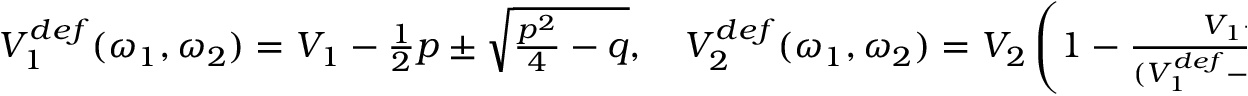
\begin{array} { r } { V _ { 1 } ^ { d e f } ( \omega _ { 1 } , \omega _ { 2 } ) = V _ { 1 } - \frac { 1 } { 2 } p \pm \sqrt { \frac { p ^ { 2 } } { 4 } - q } , \quad V _ { 2 } ^ { d e f } ( \omega _ { 1 } , \omega _ { 2 } ) = V _ { 2 } \left( 1 - \frac { V _ { 1 } + I _ { 1 1 } ( \omega ) ( V _ { 1 } ^ { d e f } - V _ { 1 } ) } { ( V _ { 1 } ^ { d e f } - V _ { 1 } ) \operatorname* { d e t } ( I ( \omega ) ) + V _ { 1 } I _ { 2 2 } ( \omega ) } \right) } \end{array}